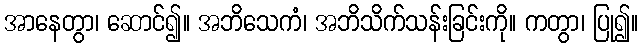
အာနေတွာ၊ ဆောင်၍။ အဘိသေကံ၊ အဘိသိက်သန်းခြင်းကို။ ကတွာ၊ ပြု၍။